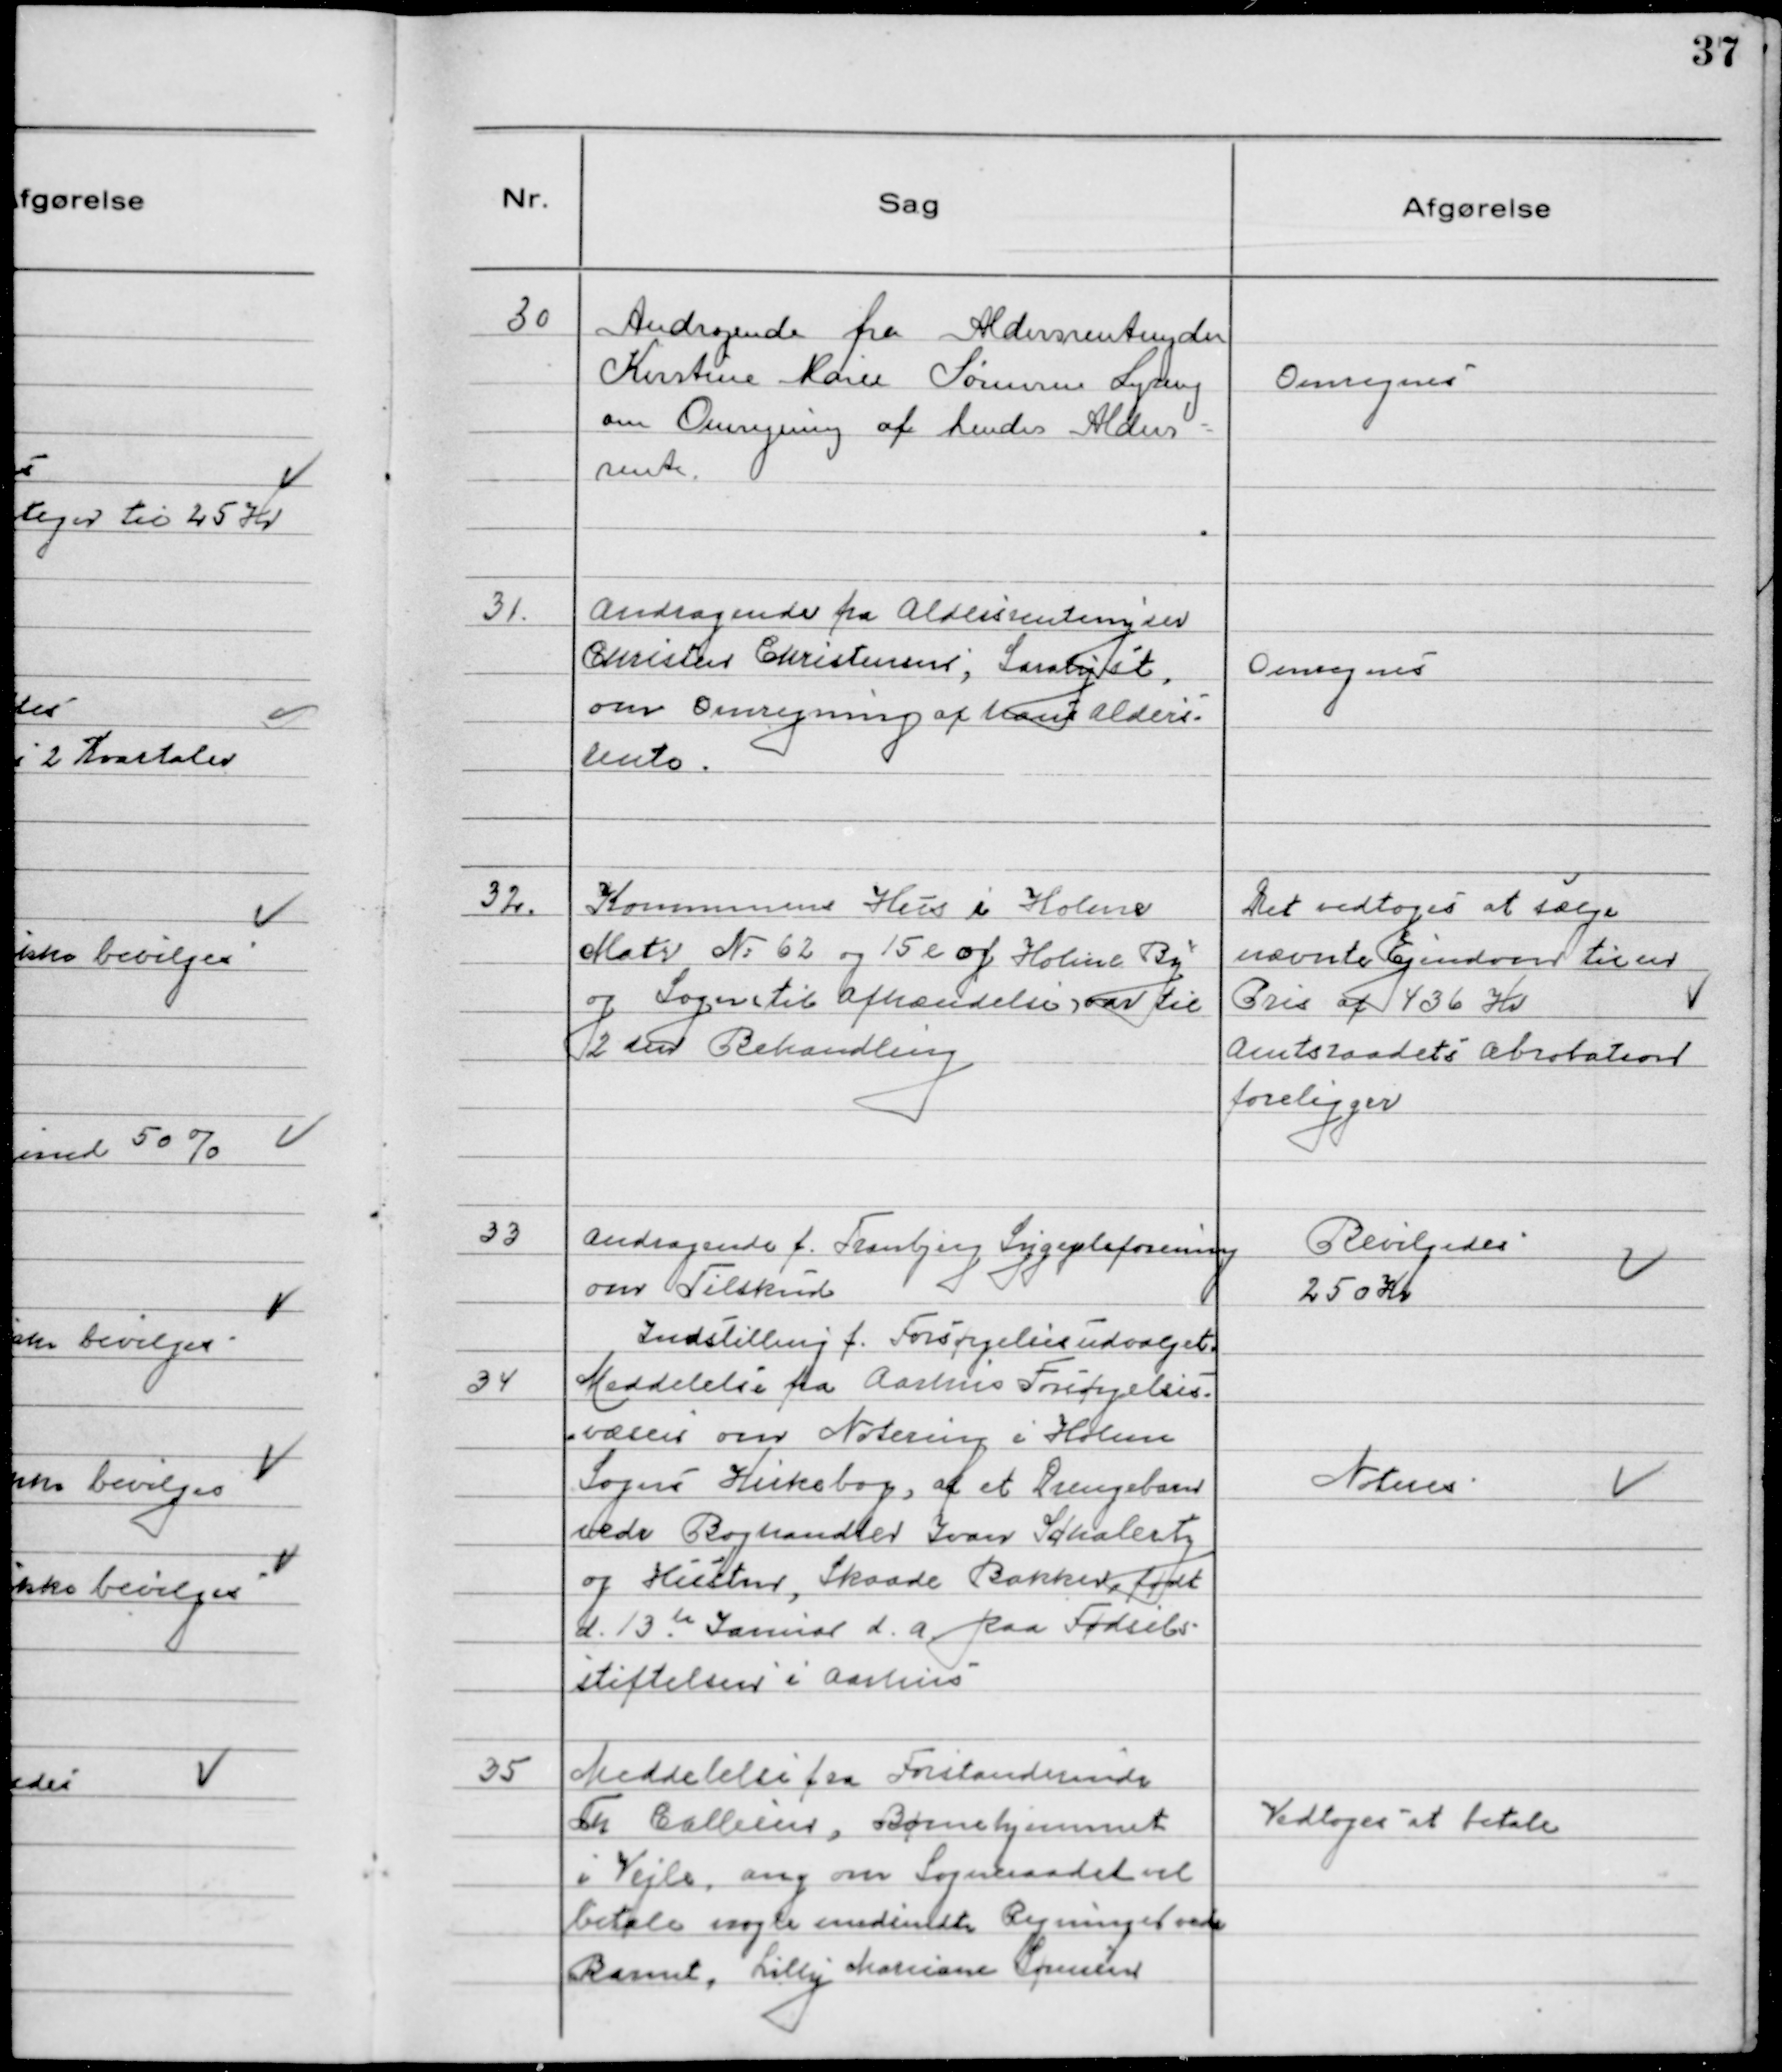
Transskription:
30 Andragende fra Aldersrentenyder
Kirstine Marie Sørensen Lyseng
om Omregning af hendes Alders-
rente.

Omregnes

31. Andragende fra Aldersrentenyder
Christen Christensen, Saralyst,
om omregning af hans alders-
rente.

Omregneś

32. Kommunens Hūs i Holme
Matr N° 62 og 15 e af Holme By
og Sogn til afhændelse var til
2den Behandling

Det vedtoges at sælge
nævnte Ejendom til en
Pris af 436 Kr
Amtsraadets absolation
foreligger

33 Andragende f. Tranbjerg Sygepleforening
om Tilskud

Bevilgedes
250 Kr

Indstilling f. Forsørgelsesudvalget.

34 Meddelelse fra Aarhus Forsørgelses-
væsen om Notering i Holme
Sogns Kirkebog, af et Drengebarn
vedr Boghandler Ivar Schalertz
og Hustru, Skaade Bakker, født
d. 13te Januar d.a. paa Fødsels-
stiftelsen i Aarhus

Noteres

35 Meddelelse fra Forstanderinde
Th Callesen, Børnehjemmet
i Vejle, ang om Sogneraadet vil
betale nogle medsendte regninger vedr
Barnet, Lilly Mariane Sørensen

Vedtoges at betale